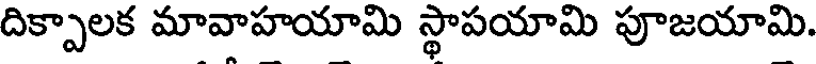
దిక్పాలక మావాహయామి స్థాపయామి పూజయామి.